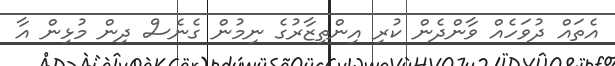
އެތައް ދުވަހެއް ވާންދެން ކުރި އިންތިޒާރުގެ ނިމުން ގެނެސް ދިން މުޅިން އާ